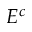
E ^ { c }